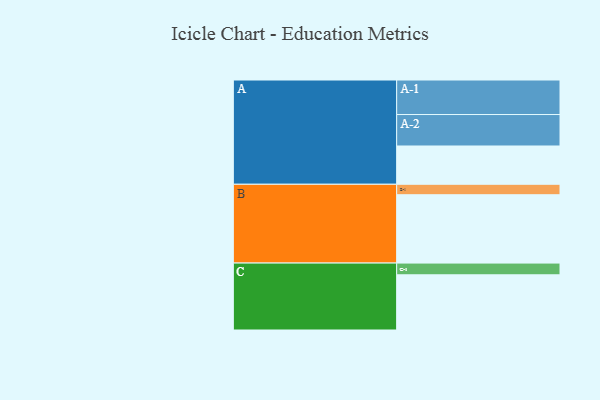
{"axis": {"x": "Segment", "y": "Value"}, "legend": ["", "A", "B", "C"], "data": [{"x": "A", "y": 326, "type": ""}, {"x": "B", "y": 582, "type": ""}, {"x": "C", "y": 470, "type": ""}, {"x": "A-1", "y": 294, "type": "A"}, {"x": "A-2", "y": 268, "type": "A"}, {"x": "B-1", "y": 89, "type": "B"}, {"x": "C-1", "y": 100, "type": "C"}]}